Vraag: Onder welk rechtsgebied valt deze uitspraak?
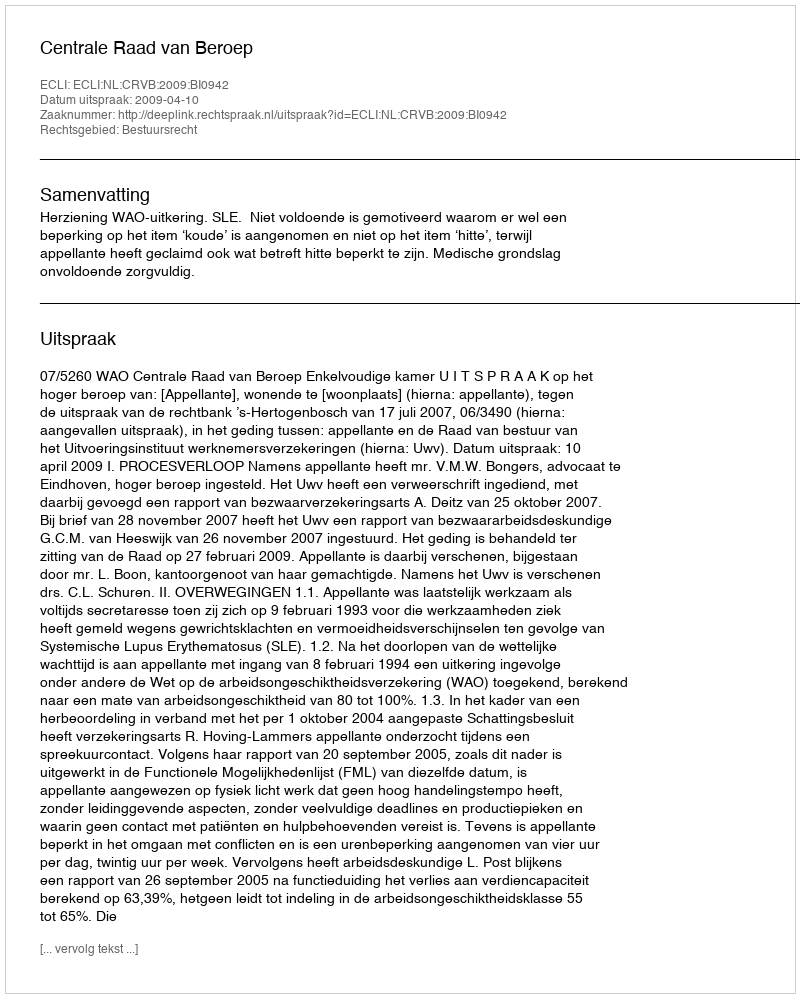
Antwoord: Bestuursrecht